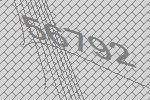
56792